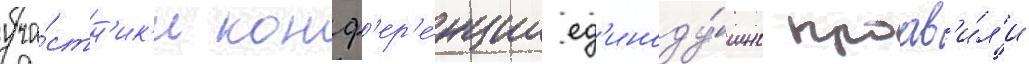
уча́стн'ик'и конф'ер'е́нции ед'иноду́шно проав'и́л'и